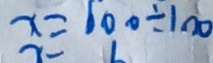
x = 6 0 0 \div 1 0 0